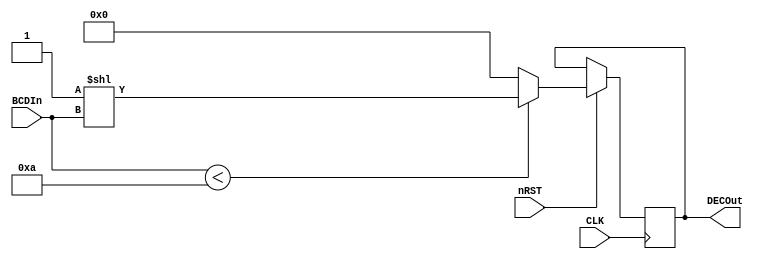
`timescale 1ns / 1ps

module BCDtoDecimalBeh(DECOut, BCDIn, CLK, nRST);

output reg [9:0] DECOut;
input [3:0] BCDIn;
input CLK, nRST;

initial begin
    DECOut = 10'b0000000000;
end

always @(posedge CLK) 
begin
    if (nRST) begin
        DECOut = (BCDIn < 10) ? 2**BCDIn : 10'b0000000000;
    end
end

endmodule